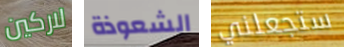
لاركين الشعوذة ستجعلني